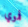
فموي